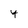
Character: 4